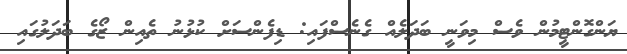
ޔަންގޮންޓީމުން ވެސް މިވަނީ ބަދަލެއް ގެނެސްފައި: ޑިފެންސަށް ކުޅުނު ތެއިން ޒޯގެ ބަދަލުގައި